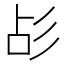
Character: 㣌